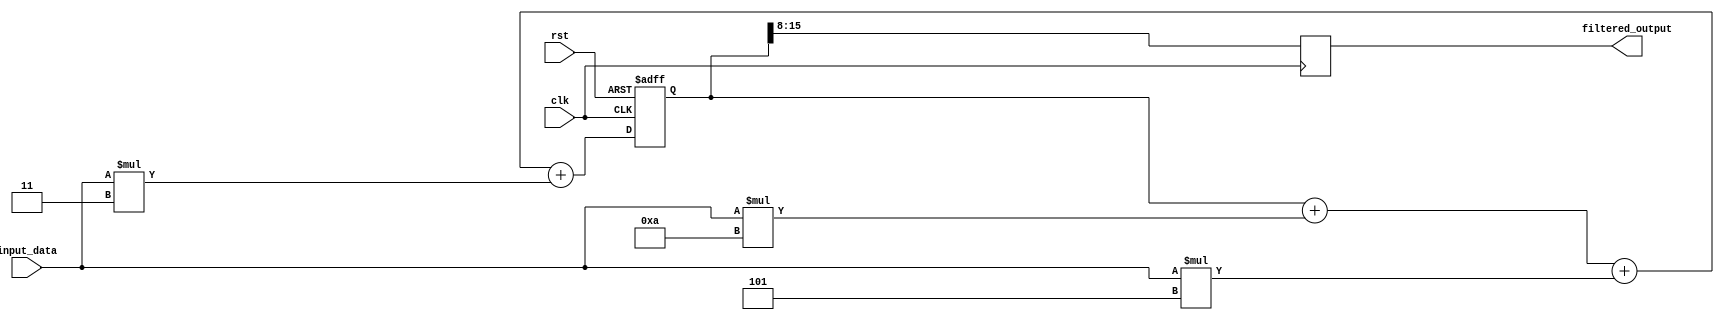
module IIR_filter(
  input wire clk,
  input wire rst,
  input wire [7:0] input_data,
  output reg [7:0] filtered_output
);

// Arithmetic blocks and coefficients
reg [7:0] coeff1 = 8'h0A; // coefficient for arithmetic block 1
reg [7:0] coeff2 = 8'h05; // coefficient for arithmetic block 2
reg [7:0] coeff3 = 8'h03; // coefficient for arithmetic block 3

// Internal signals
reg [15:0] accumulator;

// Arithmetic block 1
reg [7:0] output1;
assign output1 = input_data * coeff1;

// Arithmetic block 2
reg [7:0] output2;
assign output2 = input_data * coeff2;

// Arithmetic block 3
reg [7:0] output3;
assign output3 = input_data * coeff3;

// Accumulate the results
always @(posedge clk or posedge rst) begin
  if (rst) begin
    accumulator <= 16'h0000;
  end else begin
    accumulator <= accumulator + output1 + output2 + output3;
  end
end

// Output filtered result
always @(posedge clk) begin
  filtered_output <= accumulator[15:8];
end

endmodule